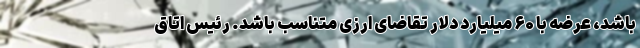
باشد، عرضه با ۶۰ میلیارد دلار تقاضای ارزی متناسب باشد. رئیس اتاق